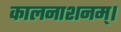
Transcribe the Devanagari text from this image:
कालनाशनम्।